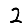
Digit: 2